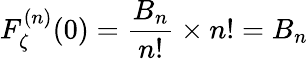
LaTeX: F_{\zeta}^{(n)}(0)={\frac{B_{n}}{n!}}\times n!=B_{n}